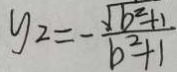
y _ { 2 } = - \frac { \sqrt { b ^ { 2 } + 1 } } { b ^ { 2 } + 1 }